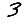
Digit: 3